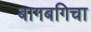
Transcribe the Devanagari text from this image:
बागबगिचा